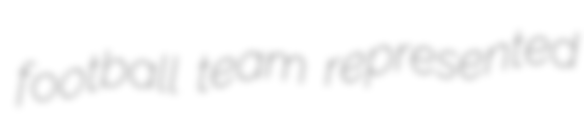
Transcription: football team represented